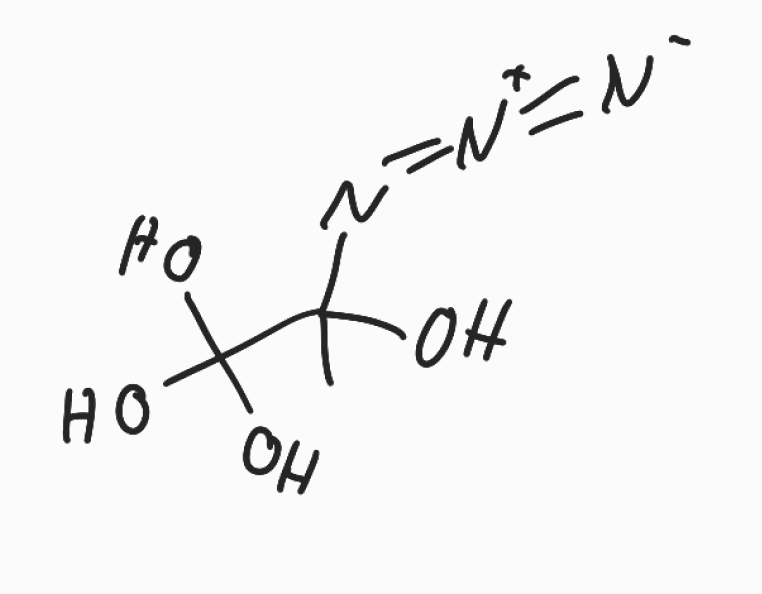
Simplified molecular-input line-entry system (SMILES) notation of the given molecule:
CC(C(O)(O)O)(N=[N+]=[N-])O